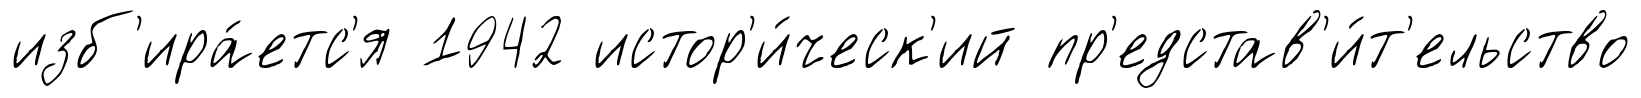
изб'ира́етс'я 1942 истор'и́ческ'ий пр'едстав'и́т'ельство